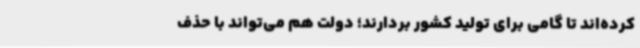
کرده‌اند تا گامی برای تولید کشور بردارند؛ دولت هم می‌تواند با حذف